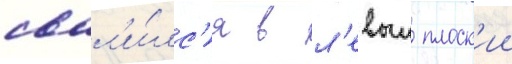
свал'и́лс'я в л'евыи плоск'ии